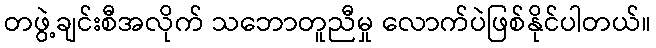
တဖွဲ့ချင်းစီအလိုက် သဘောတူညီမှု လောက်ပဲဖြစ်နိုင်ပါတယ်။